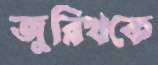
জুরিখকে